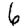
Digit: 6